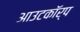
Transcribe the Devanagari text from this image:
आउटकॉर्प